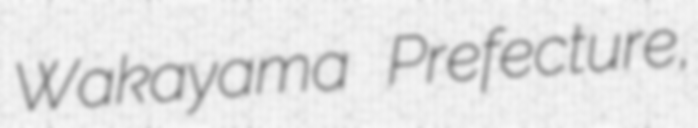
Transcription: Wakayama Prefecture,